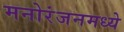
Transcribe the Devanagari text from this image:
मनोरंजनमध्ये